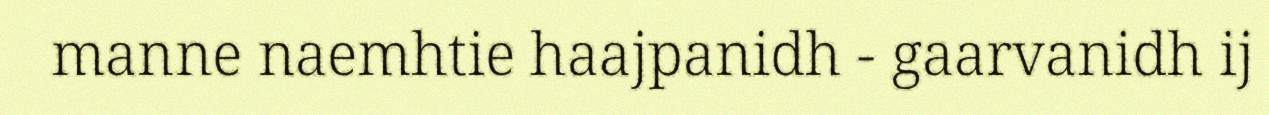
manne naemhtie haajpanidh - gaarvanidh ij